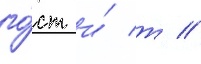
го́ст и́ т //